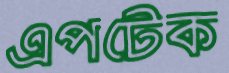
এপটেক